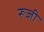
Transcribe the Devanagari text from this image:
रूजी